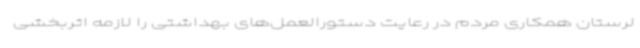
لرستان همکاری مردم در رعایت دستورالعمل‌های بهداشتی را لازمه اثربخشی